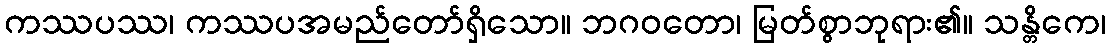
ကဿပဿ၊ ကဿပအမည်တော်ရှိသော။ ဘဂဝတော၊ မြတ်စွာဘုရား၏။ သန္တိကေ၊